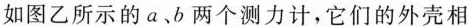
如图乙所示的a、b两个测力计，它们的外壳相